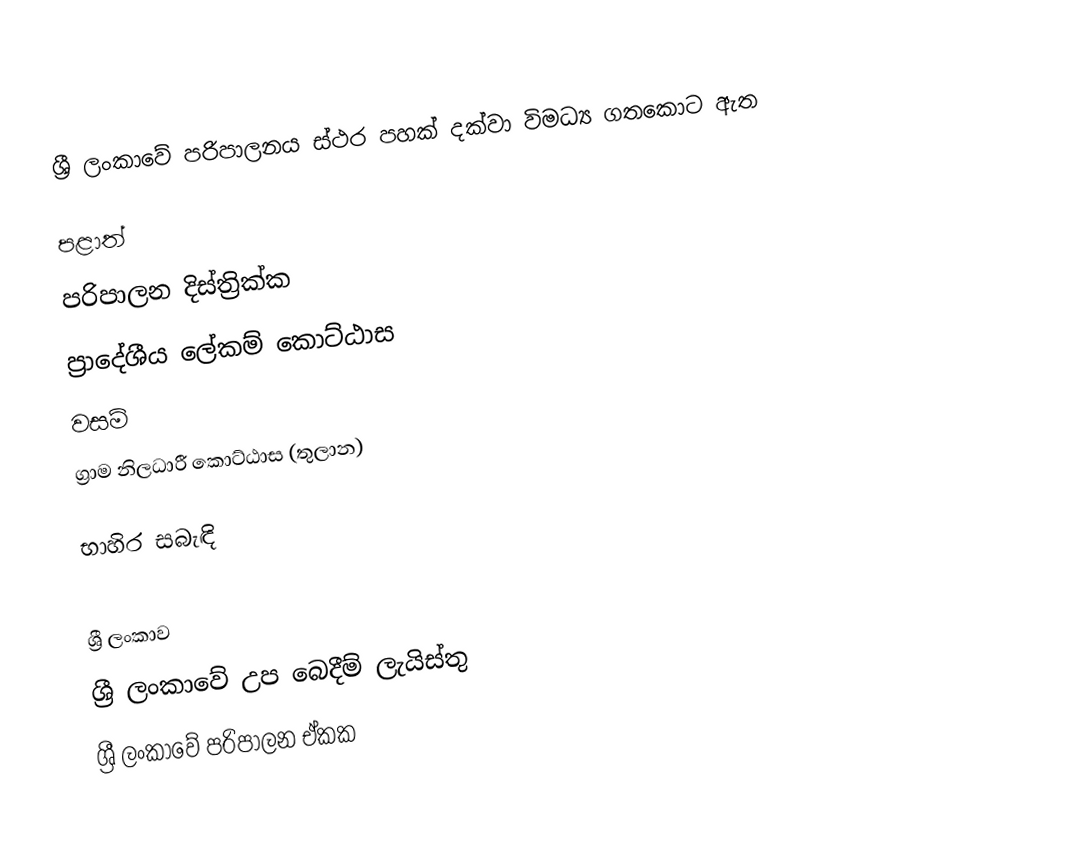
ශ්‍රී ලංකාවේ පරිපාලනය ස්ථර පහක් දක්වා විමධ්‍ය ගතකොට ඇත

 පළාත්
 පරිපාලන දිස්ත්‍රික්ක
 ප්‍රාදේශීය ලේකම් කොට්ඨාස
 වසම්
 ග්‍රාම නිලධාරී කොට්ඨාස (තුලාන)

භාහිර සබැඳි

ශ්‍රී ලංකාව
ශ්‍රී ලංකාවේ උප බෙදීම් ලැයිස්තු
ශ්‍රී ලංකාවේ පරිපාලන ඒකක